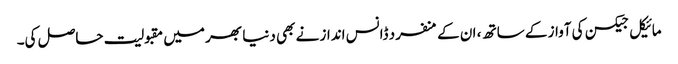
مائیکل جیکسن کی آواز کے ساتھ ، ان کے منفرد ڈانس انداز نے بھی دنیا بھر میں مقبولیت حاصل کی۔